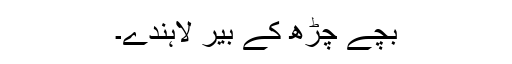
بچے چڑھ کے بیر لاہندے۔